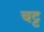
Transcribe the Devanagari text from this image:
चट्ट